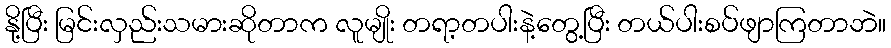
နို့ပြီး မြင်းလှည်းသမားဆိုတာက လူမျိုး တရာ့တပါးနဲ့တွေ့ပြီး တယ်ပါးစပ်ဖျာကြတာဘဲ။